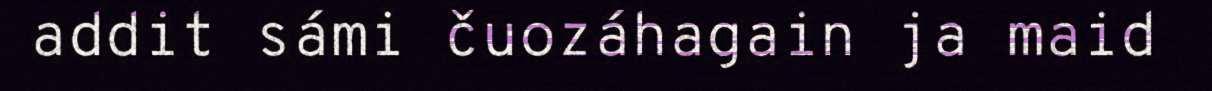
addit sámi čuozáhagain ja maid